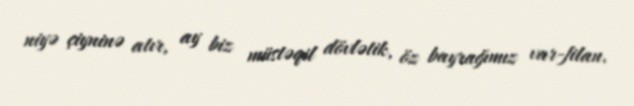
niyə çiyninə atır, ay biz müstəqil dövlətik, öz bayrağımız var-filan.